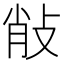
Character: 𢼼